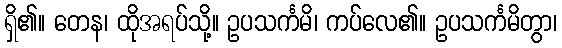
ရှိ၏။ တေန၊ ထိုအရပ်သို့။ ဥပသင်္ကမိ၊ ကပ်လေ၏။ ဥပသင်္ကမိတွာ၊